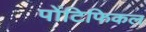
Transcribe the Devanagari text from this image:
पोंटिफिकल